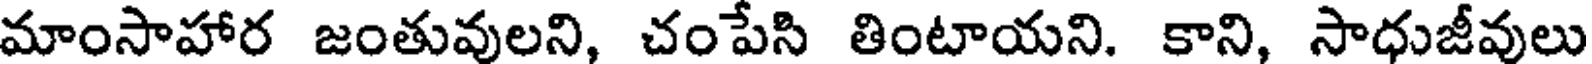
మాంసాహార జంతువులని, చంపేసి తింటాయని. కాని, సాధుజీవులు